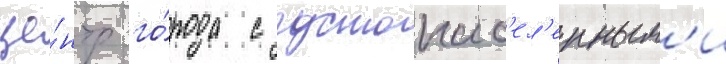
це́нтр го́рода с густонас'ел'енным'и